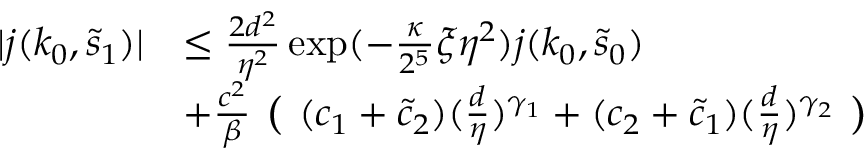
\begin{array} { r l } { \vert j ( k _ { 0 } , \tilde { s } _ { 1 } ) \vert } & { \le \frac { 2 d ^ { 2 } } { \eta ^ { 2 } } \exp ( - \frac \kappa { 2 ^ { 5 } } \xi \eta ^ { 2 } ) j ( k _ { 0 } , \tilde { s } _ { 0 } ) } \\ & { + \frac { c ^ { 2 } } \beta \textbf { ( } ( c _ { 1 } + \tilde { c } _ { 2 } ) ( \frac { d } \eta ) ^ { \gamma _ { 1 } } + ( c _ { 2 } + \tilde { c } _ { 1 } ) ( \frac { d } \eta ) ^ { \gamma _ { 2 } } \textbf { ) } } \end{array}